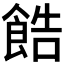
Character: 𫗓